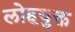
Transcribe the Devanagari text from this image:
लोहयुक्त